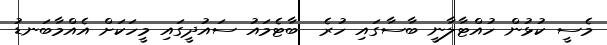
މެސީ ކުޅުން ހުއްޓާލާނީ ބާސާގައި ހުރެ  ބާޓެމައު ސައުދީގައި މީހަކަށް އެއްމާބަނޑު